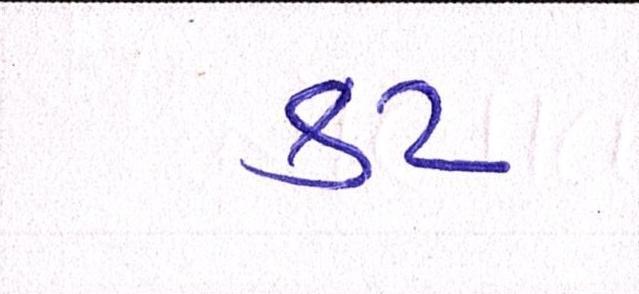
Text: કટ